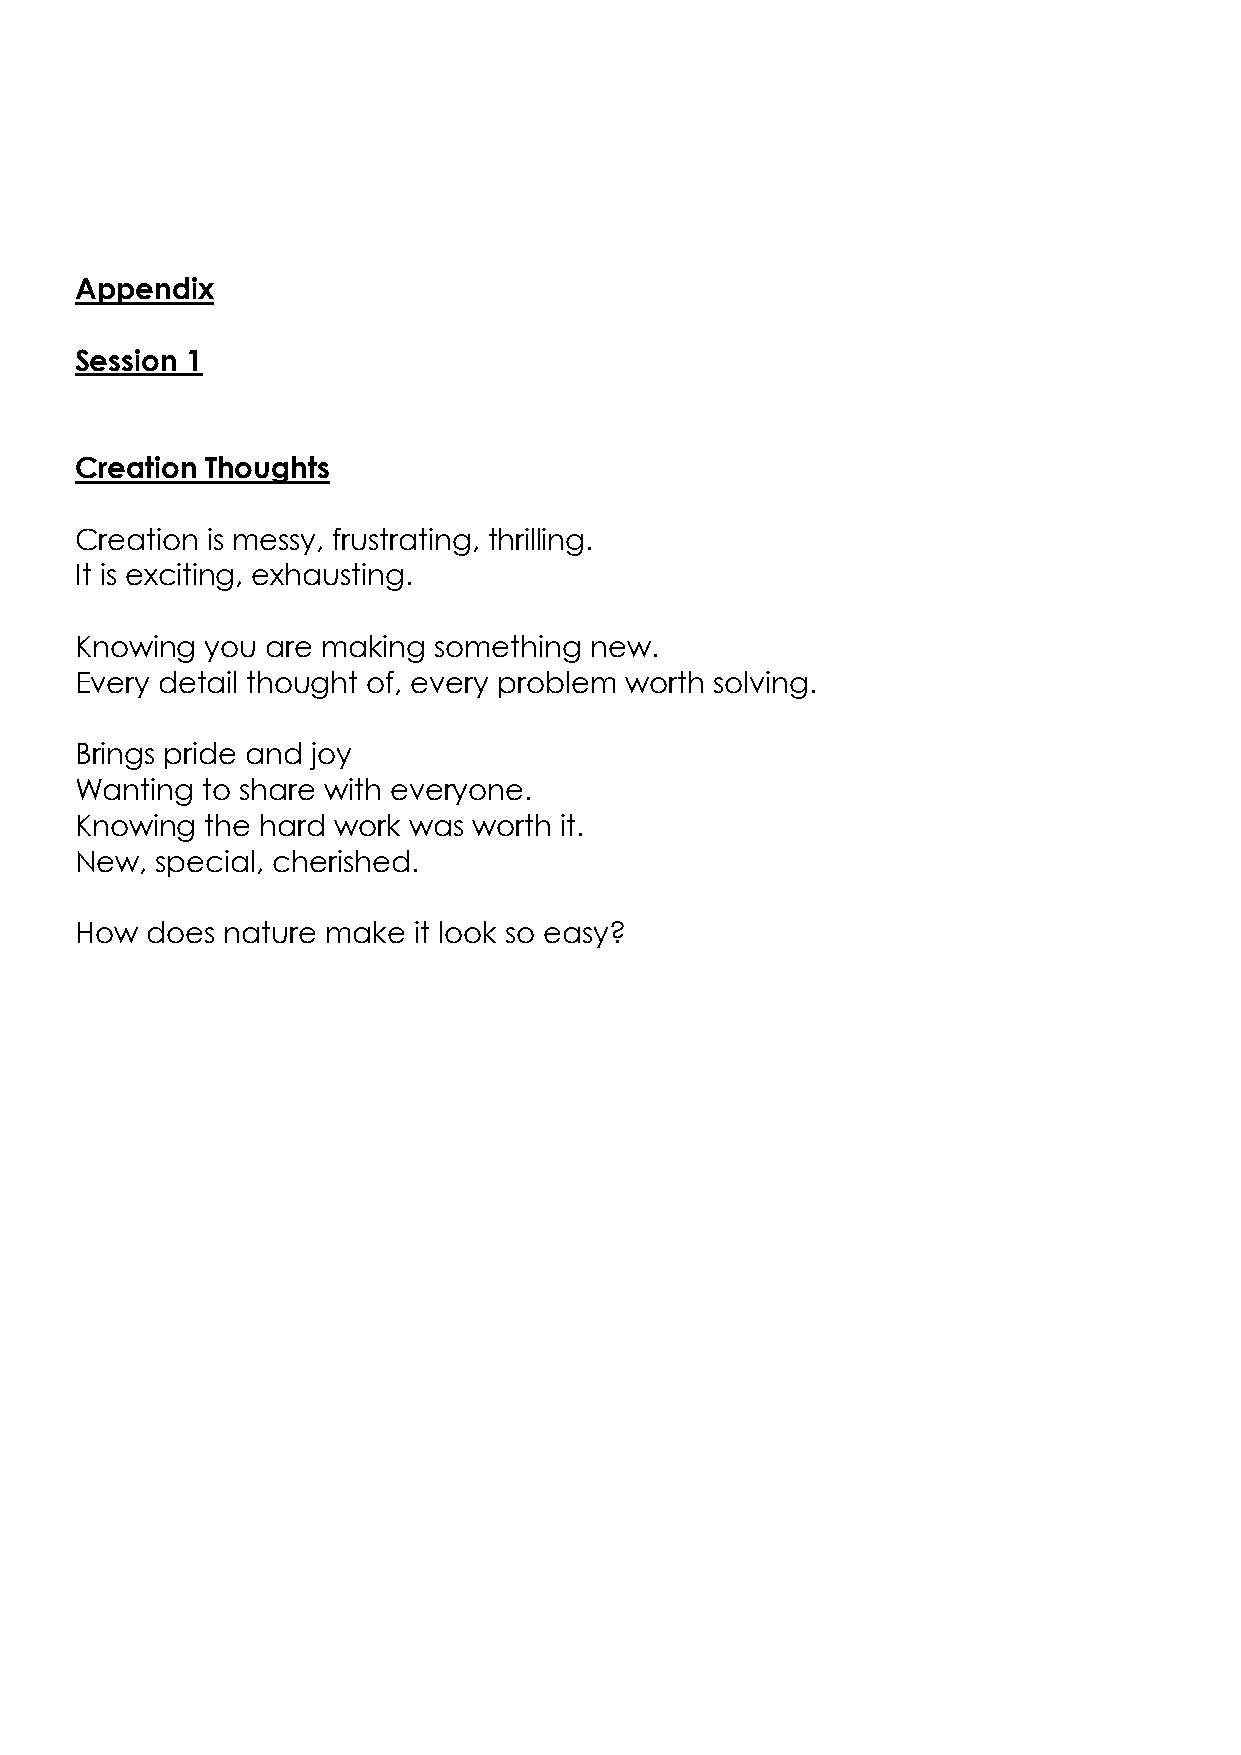
Appendix
 Session 1
 Creation Thoughts
 Creation is messy, frustrating, thrilling.
 It is exciting, exhausting.
 Knowing  you are making something new.
 Every detail thought of, every problem worth solving.
 Brings pride and joy
 Wanting to share with everyone.
 Knowing  the hard work was worth it.
 New, special, cherished.
 How  does nature make it look so easy?